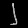
Digit: ၂